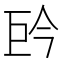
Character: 𭘈